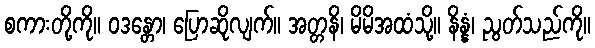
စကားတို့ကို။ ဝဒန္တော၊ ပြောဆိုလျက်။ အတ္တနိ၊ မိမိအထံသို့။ နိန္နံ၊ ညွတ်သည်ကို။